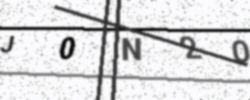
Text: J0N2O